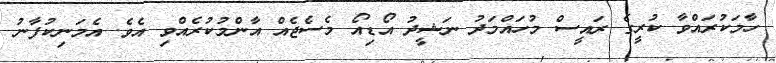
ހާމަކުރައްވާ ކުރީގެ ރައީސް މުހައްމަދު ނަޝީދު އޯޑިއޯ މެސެޖެއް އާންމުކުރެއްވި އެވެ. އެމަނިކުފާނު